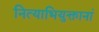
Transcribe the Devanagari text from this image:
नित्याभियुक्तानां